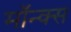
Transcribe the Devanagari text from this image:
मॉन्क्स